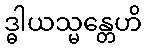
ဒ္ဓါယသ္မန္တေဟိ